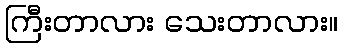
ကြီးတာလား သေးတာလား။